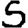
Digit: 5